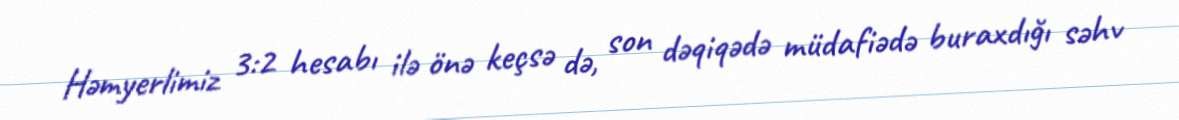
Həmyerlimiz 3:2 hesabı ilə önə keçsə də, son dəqiqədə müdafiədə buraxdığı səhv